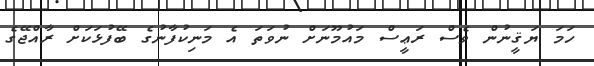
ހަމަ ޔަޤީނުން ވެސް ރަޢީސް މައުމޫނަށް ނުވަތަ އެ މަނިކުފާނުގެ ބޭފުޅަކަށް ރާއްޖޭގެ